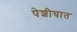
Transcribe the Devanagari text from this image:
पेशीघात